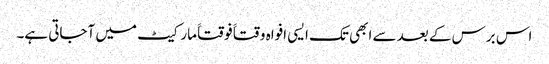
اس برس کے بعد سے ابھی تک ایسی افواہ وقتاََ فوقتاََ مارکیٹ میں آجاتی ہے۔